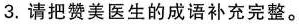
3.请把赞美医生的成语补充完整。